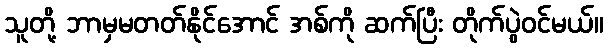
သူတို့ ဘာမှမတတ်နိုင်အောင် အစ်ကို ဆက်ပြီး တိုက်ပွဲဝင်မယ်။